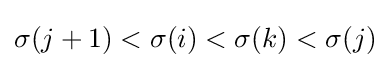
\sigma (j+1)<\sigma (i)<\sigma (k)<\sigma (j)